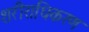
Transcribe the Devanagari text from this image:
शरीराधिकरण